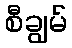
စီချွမ်